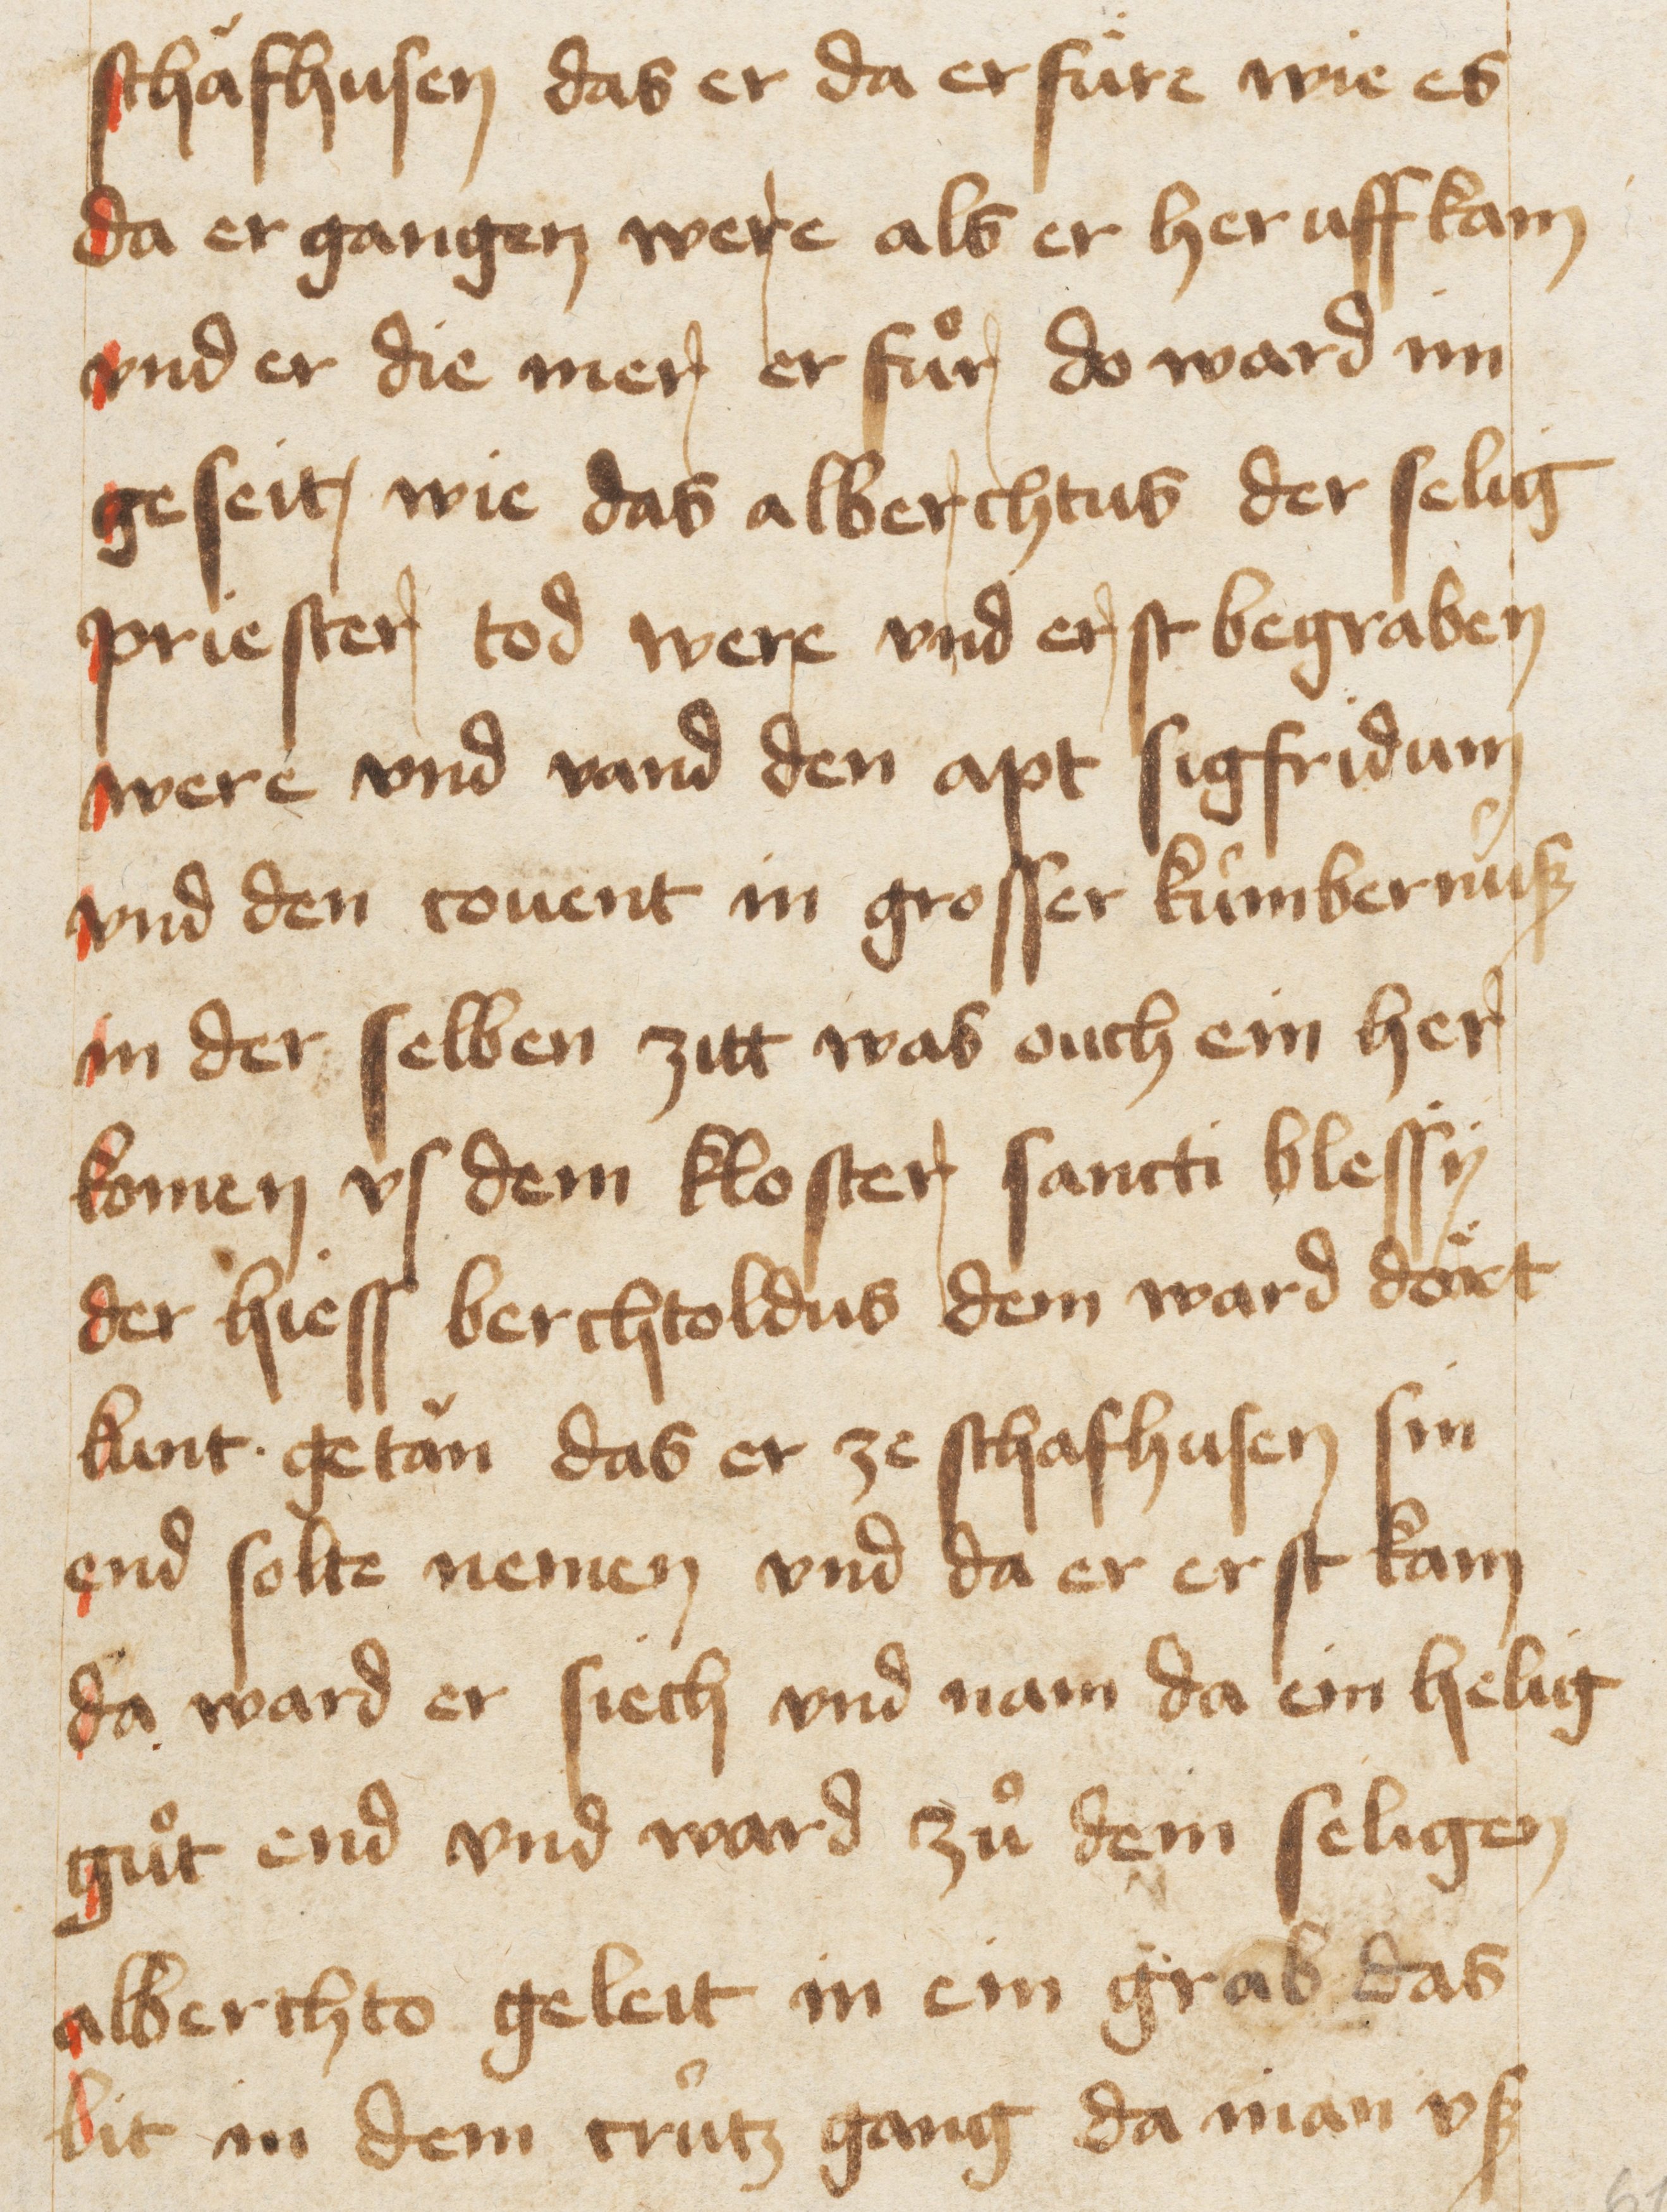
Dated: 1467–1467